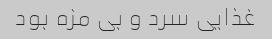
غذایی سرد و بی مزه بود